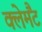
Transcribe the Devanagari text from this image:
क्लेमैंट